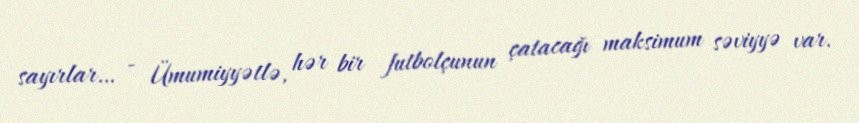
sayırlar… - Ümumiyyətlə, hər bir futbolçunun çatacağı maksimum səviyyə var.